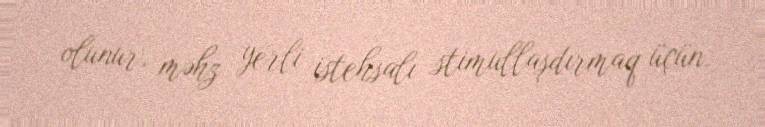
olunur, məhz yerli istehsalı stimullaşdırmaq üçün.